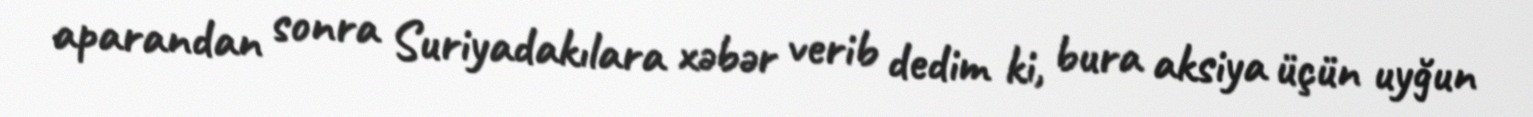
aparandan sonra Suriyadakılara xəbər verib dedim ki, bura aksiya üçün uyğun